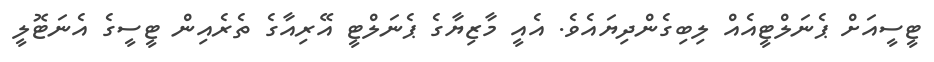
ޓީސީއަށް ޕެނަލްޓީއެއް ލިބިގެންދިޔައެވެ. އެއީ މާޒިޔާގެ ޕެނަލްޓީ އޭރިއާގެ ތެރެއިން ޓީސީގެ އެނަޓޮލީ